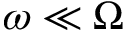
\omega \ll \Omega